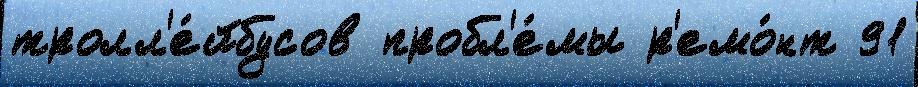
тролл'е́йбусов пробл'е́мы р'емо́нт 91